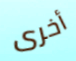
أخرى